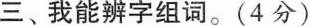
三、我能辨字组词。(4分)